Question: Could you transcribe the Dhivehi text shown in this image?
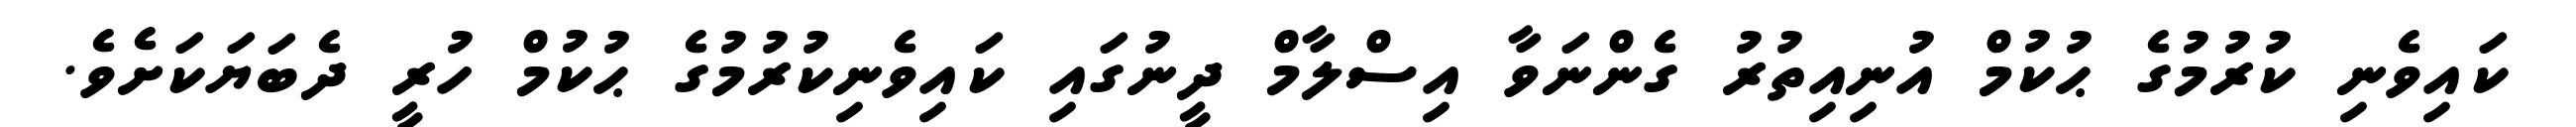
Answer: ކައިވެނި ކުރުމުގެ ޙުކުމް އުނިއިތުރު ގެންނަވާ އިސްލާމް ދީނުގައި ކައިވެނިކުރުމުގެ ޙުކުމް ހުރީ ދެބަޔަކަށެވެ.